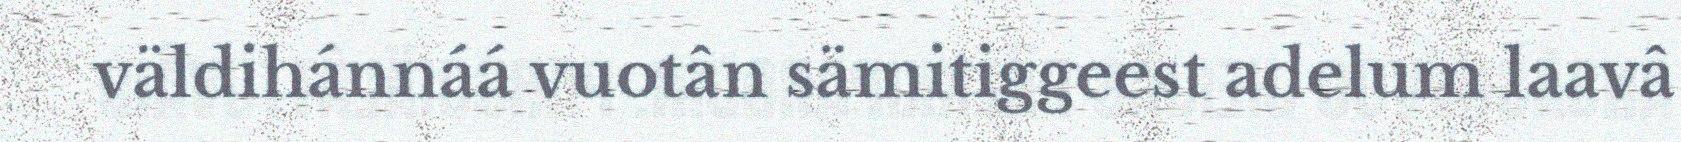
väldihánnáá vuotân sämitiggeest adelum laavâ